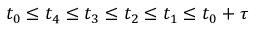
{ t _ { 0 } \leq t _ { 4 } \leq t _ { 3 } \leq t _ { 2 } \leq t _ { 1 } \leq t _ { 0 } + \tau }